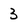
Character: 3